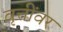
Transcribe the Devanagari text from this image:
वृत्तींवर